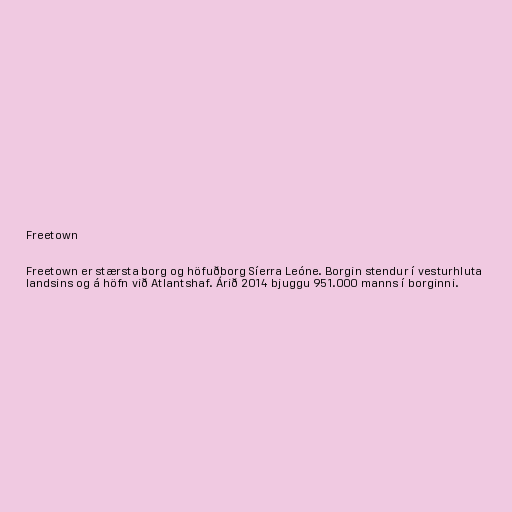
Freetown

Freetown er stærsta borg og höfuðborg Síerra Leóne. Borgin stendur í vesturhluta
landsins og á höfn við Atlantshaf. Árið 2014 bjuggu 951.000 manns í borginni.